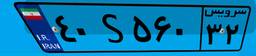
۴۰S۵۶۰۳۲